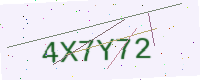
Text: 4X7Y72